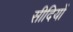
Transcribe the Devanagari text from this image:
सीदियों